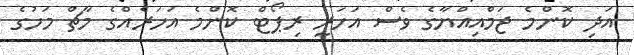
އަދި ކޮންމެ ޖަމްއިއްޔާގެ ވެސް އަހަރީ ރިޕޯޓް ކޮންމެ އަހަރެއްގެ މާޗް މަހުގެ